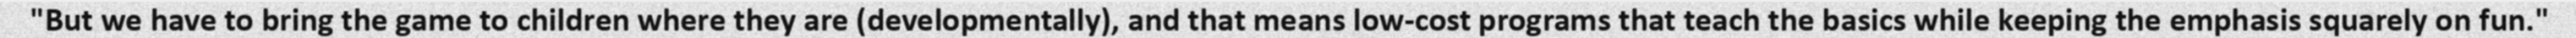
"But we have to bring the game to children where they are (developmentally), and that means low-cost programs that teach the basics while keeping the emphasis squarely on fun."